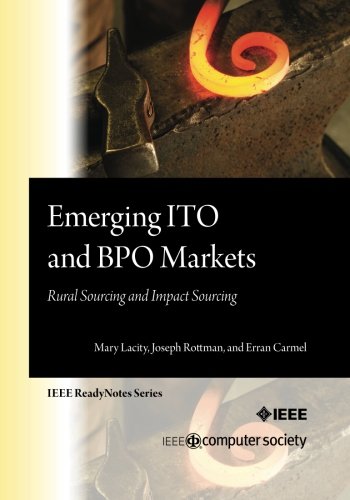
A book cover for Emerging ITO and BPO Markets: Rural Sourcing and Impact Sourcing; Mary C. Lacity; Business & Money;